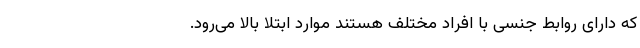
که دارای روابط جنسی با افراد مختلف هستند موارد ابتلا بالا می‌رود.